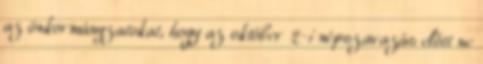
az önkormányzatokat, hogy az október 2-i népszavazás előtt ne